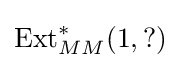
\operatorname {Ext} _{MM}^{*}(1,?)